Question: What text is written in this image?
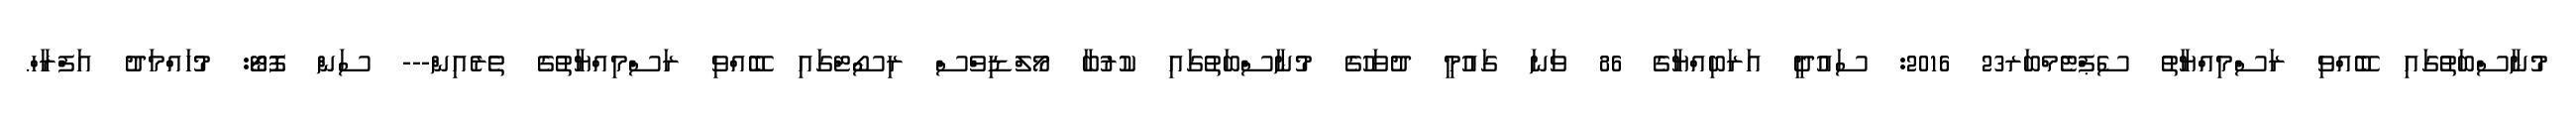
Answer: މުނާސްބަތުގައި ބޭއްވި ރަސްމިއްޔާތު ސެޕްޓެމްބަރ23 2016: ސައުދީ އަރަބިއްޔާގެ 86 ވަނަ ގައުމީ ދުވަހުގެ މުނާސްބަތުގައި ކުރުބާ މޯލްޑިވްސް ރިސޯޓްގައި ބޭއްވި ރަސްމިއްޔާތުގެ ތެރެއިން--- ސަން ފޮޓޯ: މުހައްމަދު އަފްރާހް.